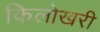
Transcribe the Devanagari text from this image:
किलोखरी